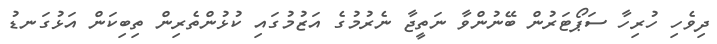
ދިވެހި ހުރިހާ ސަޕޯޓަރުން ބޭނުންވާ ނަތީޖާ ނެރުމުގެ އަޒުމުގައި ކުޅުންތެރިން ތިބިކަން އަޅުގަނޑު